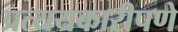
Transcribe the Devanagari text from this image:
प्रत्ययकारीपणे